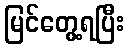
မြင်တွေ့ရပြီး